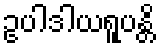
ဥပါဒါယရူပန္တိ